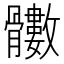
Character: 𩪵